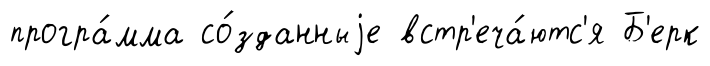
програ́мма со́зданныjе встр'еча́ютс'я Б'ерк